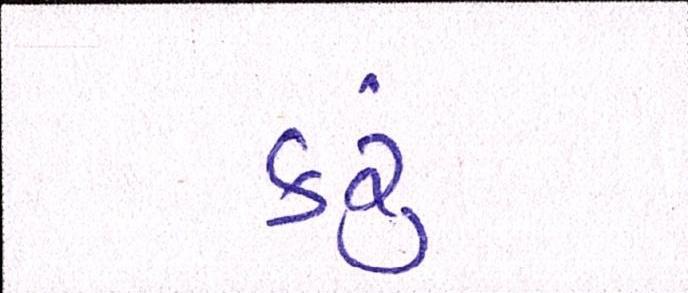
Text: કરૂં